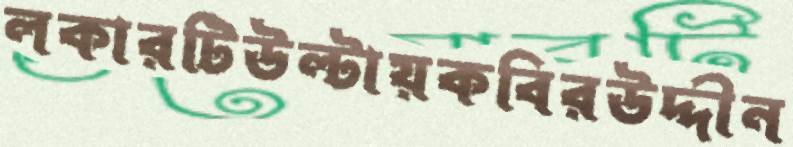
লকারটিউল্‌টায়কবিরউদ্দীন